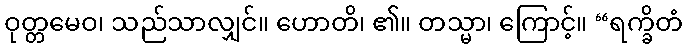
ဝုတ္တမေဝ၊ သည်သာလျှင်။ ဟောတိ၊ ၏။ တသ္မာ၊ ကြောင့်။ “ရက္ခိတံ